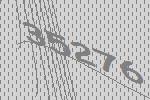
35276